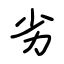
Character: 劣